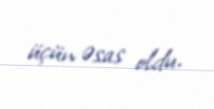
üçün əsas oldu.